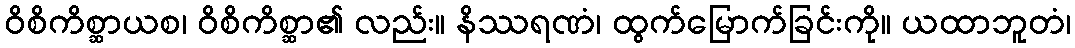
ဝိစိကိစ္ဆာယစ၊ ဝိစိကိစ္ဆာ၏ လည်း။ နိဿရဏံ၊ ထွက်မြောက်ခြင်းကို။ ယထာဘူတံ၊